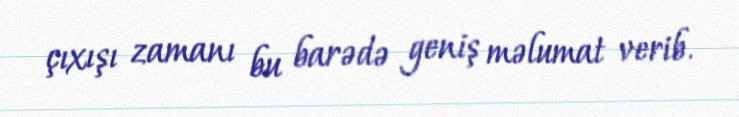
çıxışı zamanı bu barədə geniş məlumat verib.